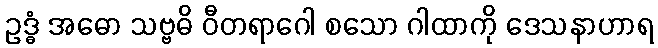
ဥဒ္ဓံ အဓော သဗ္ဗဓိ ဝီတရာဂေါ စသော ဂါထာကို ဒေသနာဟာရ